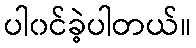
ပါ၀င်ခဲ့ပါတယ်။